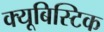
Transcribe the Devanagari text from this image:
क्यूबिस्टिक